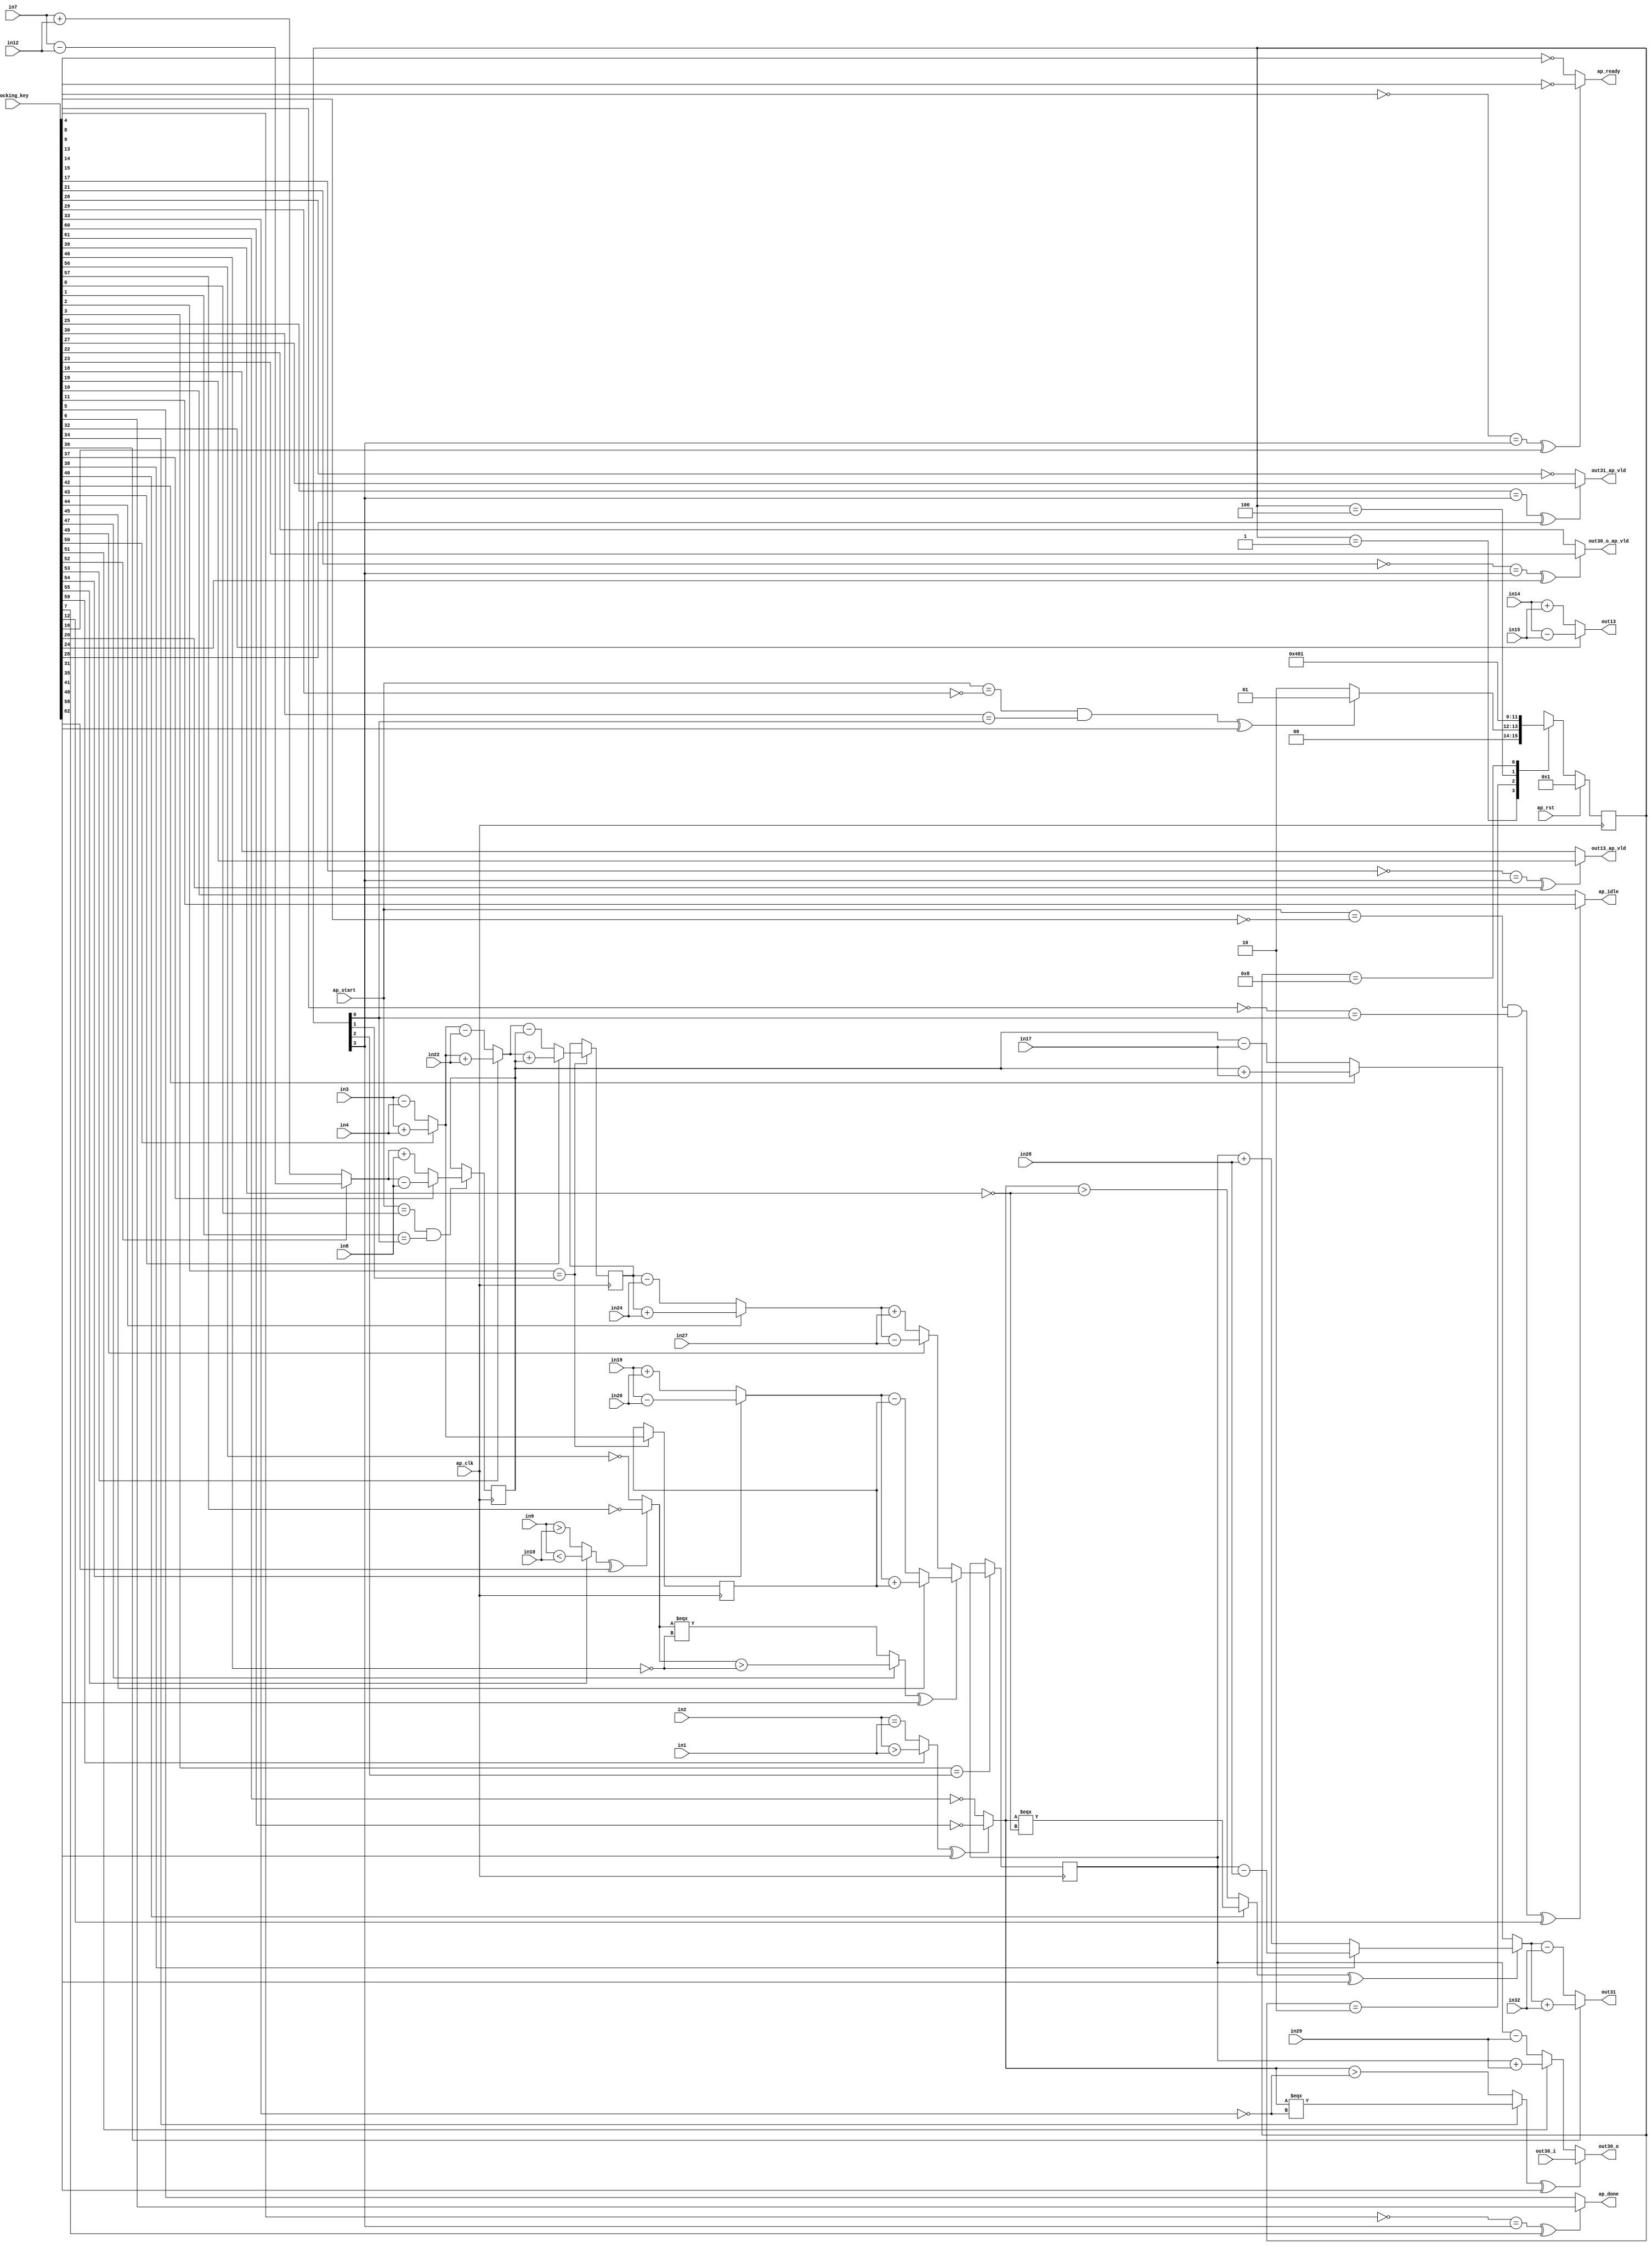

module hls_macc_0_obf
(
  ap_clk,
  ap_rst,
  ap_start,
  ap_done,
  ap_idle,
  ap_ready,
  in1,
  in2,
  in3,
  in4,
  in7,
  in8,
  in9,
  in10,
  in14,
  in12,
  in15,
  in17,
  in19,
  in20,
  in22,
  in24,
  in27,
  in28,
  in29,
  in32,
  out13,
  out13_ap_vld,
  out30_i,
  out30_o,
  out30_o_ap_vld,
  out31,
  out31_ap_vld,
  locking_key
);

  parameter ap_ST_fsm_state1 = 4'd1;
  parameter ap_ST_fsm_state2 = 4'd2;
  parameter ap_ST_fsm_state3 = 4'd4;
  parameter ap_ST_fsm_state4 = 4'd8;
  input ap_clk;
  input ap_rst;
  input ap_start;
  output ap_done;
  output ap_idle;
  output ap_ready;
  input [31:0] in1;
  input [31:0] in2;
  input [31:0] in3;
  input [31:0] in4;
  input [31:0] in7;
  input [31:0] in8;
  input [31:0] in9;
  input [31:0] in10;
  input [31:0] in14;
  input [31:0] in12;
  input [31:0] in15;
  input [31:0] in17;
  input [31:0] in19;
  input [31:0] in20;
  input [31:0] in22;
  input [31:0] in24;
  input [31:0] in27;
  input [31:0] in28;
  input [31:0] in29;
  input [31:0] in32;
  output [31:0] out13;
  output out13_ap_vld;
  input [31:0] out30_i;
  output [31:0] out30_o;
  output out30_o_ap_vld;
  output [31:0] out31;
  output out31_ap_vld;
  reg ap_done;
  reg ap_idle;
  reg ap_ready;
  reg out13_ap_vld;
  reg out30_o_ap_vld;
  reg out31_ap_vld;
  reg [3:0] ap_CS_fsm;
  wire ap_CS_fsm_state1;
  wire [31:0] t11_fu_211_p2;
  reg [31:0] t11_reg_322;
  wire [31:0] t5_fu_217_p2;
  reg [31:0] t5_reg_328;
  wire ap_CS_fsm_state2;
  wire [31:0] t23_fu_229_p2;
  reg [31:0] t23_reg_333;
  wire [31:0] t26_2_fu_262_p3;
  reg [31:0] t26_2_reg_338;
  wire ap_CS_fsm_state3;
  wire ap_CS_fsm_state4;
  wire [31:0] tmp1_fu_205_p2;
  wire [31:0] tmp2_fu_223_p2;
  wire [31:0] t25_fu_240_p2;
  wire [31:0] tmp3_fu_251_p2;
  wire [0:0] tmp_2_fu_234_p2;
  wire [31:0] t26_fu_245_p2;
  wire [31:0] t26_1_fu_257_p2;
  wire [0:0] tmp_fu_277_p2;
  wire [31:0] t16_fu_283_p2;
  wire [31:0] t16_1_fu_288_p2;
  wire [31:0] tempout30_1_fu_293_p2;
  wire [31:0] t16_2_fu_298_p3;
  reg [3:0] ap_NS_fsm;
  wire Const_0;
  wire Const_1;
  wire Const_2;
  wire Const_3;
  wire Const_4;
  wire Const_5;
  wire Const_6;
  wire Const_7;
  wire Const_8;
  wire Const_9;
  wire Const_10;
  wire Const_11;
  wire Const_12;
  wire Const_13;
  wire Const_14;
  wire Const_15;
  wire Const_16;
  wire Const_17;
  wire Const_18;
  wire Const_19;
  wire Const_20;
  wire Const_21;
  wire Const_22;
  wire Const_23;
  wire Const_24;
  wire Const_25;
  wire Const_26;
  wire Const_27;
  wire Const_28;
  wire Const_29;
  wire Const_30;
  wire Const_31;
  input [3070:0] locking_key;
  wire [62:0] working_key;

  initial begin
    #0 ap_CS_fsm = 4'd1;
  end


  always @(posedge ap_clk) begin
    if(ap_rst == 1'b1) begin
      ap_CS_fsm <= ap_ST_fsm_state1;
    end else begin
      ap_CS_fsm <= ap_NS_fsm;
    end
  end

  assign Const_0 = (1'd0 ^ working_key[0]);
  assign Const_1 = (1'd0 ^ working_key[1]);

  always @(posedge ap_clk) begin
    if((ap_start == Const_0) & (Const_1 == ap_CS_fsm_state1)) begin
      t11_reg_322 <= t11_fu_211_p2;
    end 
  end

  assign Const_2 = (1'd0 ^ working_key[2]);

  always @(posedge ap_clk) begin
    if(Const_2 == ap_CS_fsm_state2) begin
      t23_reg_333 <= t23_fu_229_p2;
      t5_reg_328 <= t5_fu_217_p2;
    end 
  end

  assign Const_3 = (1'd0 ^ working_key[3]);

  always @(posedge ap_clk) begin
    if(Const_3 == ap_CS_fsm_state3) begin
      t26_2_reg_338 <= t26_2_fu_262_p3;
    end 
  end

  assign Const_4 = (1'd1 ^ working_key[4]);
  assign Const_5 = (1'd0 ^ working_key[5]);
  assign Const_6 = (1'd0 ^ working_key[6]);

  always @(*) begin
    if(((Const_4 == ap_CS_fsm_state4) ^ working_key[7]) == 1'b1) begin
      ap_done = Const_6;
    end else begin
      ap_done = Const_5;
    end
  end

  assign Const_7 = (1'd1 ^ working_key[8]);
  assign Const_8 = (1'd1 ^ working_key[9]);
  assign Const_9 = (1'd0 ^ working_key[10]);
  assign Const_10 = (1'd0 ^ working_key[11]);

  always @(*) begin
    if(((ap_start == Const_7) & (Const_8 == ap_CS_fsm_state1) ^ working_key[12]) == 1'b1) begin
      ap_idle = Const_10;
    end else begin
      ap_idle = Const_9;
    end
  end

  assign Const_11 = (1'd1 ^ working_key[13]);
  assign Const_12 = (1'd1 ^ working_key[14]);
  assign Const_13 = (1'd1 ^ working_key[15]);

  always @(*) begin
    if(((Const_11 == ap_CS_fsm_state4) ^ working_key[16]) == 1'b1) begin
      ap_ready = Const_12;
    end else begin
      ap_ready = Const_13;
    end
  end

  assign Const_14 = (1'd1 ^ working_key[17]);
  assign Const_15 = (1'd0 ^ working_key[18]);
  assign Const_16 = (1'd0 ^ working_key[19]);

  always @(*) begin
    if(((Const_14 == ap_CS_fsm_state4) ^ working_key[20]) == 1'b1) begin
      out13_ap_vld = Const_16;
    end else begin
      out13_ap_vld = Const_15;
    end
  end

  assign Const_17 = (1'd1 ^ working_key[21]);
  assign Const_18 = (1'd0 ^ working_key[22]);
  assign Const_19 = (1'd0 ^ working_key[23]);

  always @(*) begin
    if(((Const_17 == ap_CS_fsm_state4) ^ working_key[24]) == 1'b1) begin
      out30_o_ap_vld = Const_19;
    end else begin
      out30_o_ap_vld = Const_18;
    end
  end

  assign Const_20 = (1'd0 ^ working_key[25]);
  assign Const_21 = (1'd1 ^ working_key[26]);
  assign Const_22 = (1'd0 ^ working_key[27]);

  always @(*) begin
    if(((Const_20 == ap_CS_fsm_state4) ^ working_key[28]) == 1'b1) begin
      out31_ap_vld = Const_22;
    end else begin
      out31_ap_vld = Const_21;
    end
  end

  assign Const_23 = (1'd1 ^ working_key[29]);
  assign Const_24 = (1'd0 ^ working_key[30]);

  always @(*) begin
    case(ap_CS_fsm)
      ap_ST_fsm_state1: begin
        if(((ap_start == Const_23) & (Const_24 == ap_CS_fsm_state1) ^ working_key[31]) == 1'b1) begin
          ap_NS_fsm = ap_ST_fsm_state1;
        end else begin
          ap_NS_fsm = ap_ST_fsm_state2;
        end
      end
      ap_ST_fsm_state2: begin
        ap_NS_fsm = ap_ST_fsm_state3;
      end
      ap_ST_fsm_state3: begin
        ap_NS_fsm = ap_ST_fsm_state4;
      end
      ap_ST_fsm_state4: begin
        ap_NS_fsm = ap_ST_fsm_state1;
      end
      default: begin
        ap_NS_fsm = 'bx;
      end
    endcase
  end

  assign ap_CS_fsm_state1 = ap_CS_fsm[32'd0];
  assign ap_CS_fsm_state2 = ap_CS_fsm[32'd1];
  assign ap_CS_fsm_state3 = ap_CS_fsm[32'd2];
  assign ap_CS_fsm_state4 = ap_CS_fsm[32'd3];
  assign out13 = (working_key[32] == 1'b1)? in14 - in15 : in14 + in15;
  assign Const_25 = (1'd1 ^ working_key[33]);
  assign out30_o = ((((working_key[34] == 1'b1)? tmp_fu_277_p2[0:0] === Const_25 : tmp_fu_277_p2[0:0] > Const_25) ^ working_key[35]) == 1'b1)? out30_i : tempout30_1_fu_293_p2;
  assign out31 = (working_key[36] == 1'b1)? t16_2_fu_298_p3 + in32 : t16_2_fu_298_p3 - in32;
  assign t11_fu_211_p2 = (working_key[37] == 1'b1)? tmp1_fu_205_p2 - in8 : tmp1_fu_205_p2 + in8;
  assign t16_1_fu_288_p2 = (working_key[38] == 1'b1)? t26_2_reg_338 - in28 : t26_2_reg_338 + in28;
  assign Const_26 = (1'd1 ^ working_key[39]);
  assign t16_2_fu_298_p3 = ((((working_key[40] == 1'b1)? tmp_fu_277_p2[0:0] === Const_26 : tmp_fu_277_p2[0:0] > Const_26) ^ working_key[41]) == 1'b1)? t16_1_fu_288_p2 : t16_fu_283_p2;
  assign t16_fu_283_p2 = (working_key[42] == 1'b1)? t11_reg_322 + in17 : t11_reg_322 - in17;
  assign t23_fu_229_p2 = (working_key[43] == 1'b1)? tmp2_fu_223_p2 + t11_reg_322 : tmp2_fu_223_p2 - t11_reg_322;
  assign t25_fu_240_p2 = (working_key[44] == 1'b1)? t23_reg_333 + in24 : t23_reg_333 - in24;
  assign t26_1_fu_257_p2 = (working_key[45] == 1'b1)? tmp3_fu_251_p2 + t5_reg_328 : tmp3_fu_251_p2 - t5_reg_328;
  assign Const_27 = (1'd1 ^ working_key[46]);
  assign t26_2_fu_262_p3 = ((((working_key[47] == 1'b1)? tmp_2_fu_234_p2[0:0] > Const_27 : tmp_2_fu_234_p2[0:0] === Const_27) ^ working_key[48]) == 1'b1)? t26_1_fu_257_p2 : t26_fu_245_p2;
  assign t26_fu_245_p2 = (working_key[49] == 1'b1)? t25_fu_240_p2 - in27 : t25_fu_240_p2 + in27;
  assign t5_fu_217_p2 = (working_key[50] == 1'b1)? in3 + in4 : in3 - in4;
  assign tempout30_1_fu_293_p2 = (working_key[51] == 1'b1)? t26_2_reg_338 + in29 : t26_2_reg_338 - in29;
  assign tmp1_fu_205_p2 = (working_key[52] == 1'b1)? in7 - in12 : in7 + in12;
  assign tmp2_fu_223_p2 = (working_key[53] == 1'b1)? t5_fu_217_p2 + in22 : t5_fu_217_p2 - in22;
  assign tmp3_fu_251_p2 = (working_key[54] == 1'b1)? in19 - in20 : in19 + in20;
  assign Const_28 = (1'd1 ^ working_key[56]);
  assign Const_29 = (1'd1 ^ working_key[57]);
  assign tmp_2_fu_234_p2 = ((((working_key[55] == 1'b1)? in9 < in10 : in9 > in10) ^ working_key[58]) == 1'b1)? Const_29 : Const_28;
  assign Const_30 = (1'd1 ^ working_key[60]);
  assign Const_31 = (1'd1 ^ working_key[61]);
  assign tmp_fu_277_p2 = ((((working_key[59] == 1'b1)? in2 > in1 : in2 == in1) ^ working_key[62]) == 1'b1)? Const_30 : Const_31;
  assign working_key = { locking_key[62:0] };

endmodule